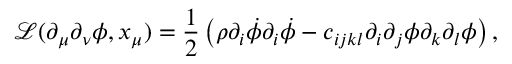
\mathcal { L } ( \partial _ { \mu } \partial _ { \nu } \phi , x _ { \mu } ) = \frac 1 2 \left( \rho \partial _ { i } \dot { \phi } \partial _ { i } \dot { \phi } - c _ { i j k l } \partial _ { i } \partial _ { j } \phi \partial _ { k } \partial _ { l } \phi \right) ,